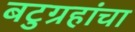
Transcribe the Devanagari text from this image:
बटुग्रहांचा